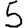
Digit: 5